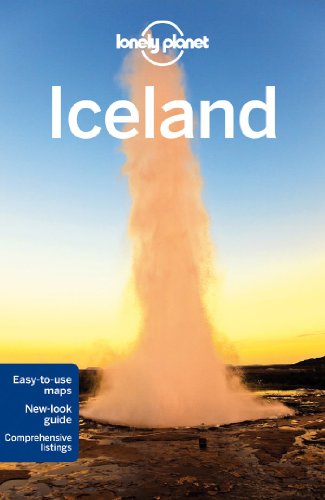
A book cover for Lonely Planet Iceland (Travel Guide); Lonely Planet; Travel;